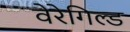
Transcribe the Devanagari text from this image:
वेरेगिल्ड